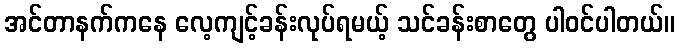
အင်တာနက်ကနေ လေ့ကျင့်ခန်းလုပ်ရမယ့် သင်ခန်းစာတွေ ပါဝင်ပါတယ်။